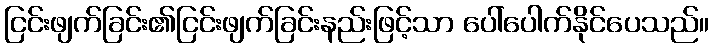
ငြင်းဖျက်ခြင်း၏ငြင်းဖျက်ခြင်းနည်းဖြင့်သာ ပေါ်ပေါက်နိုင်ပေသည်။